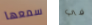
سمعها في